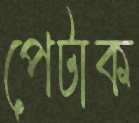
পেটাক